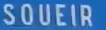
SOUEIR